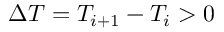
\Delta T = T _ { i + 1 } - T _ { i } > 0